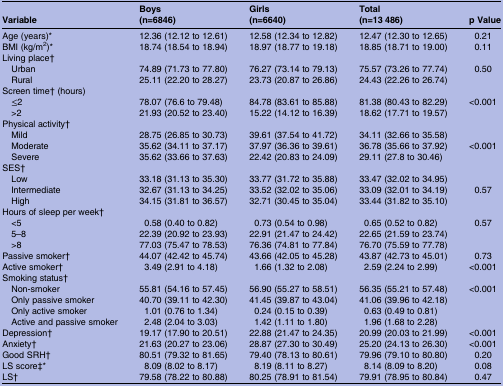
<table><thead><tr><td><b>Variable</b></td><td><b>Boys(n=6846)</b></td><td><b>Girls(n=6640)</b></td><td><b>Total(n=13 486)</b></td><td><b>p Value</b></td></tr></thead><tbody><tr><td>Age (years)*</td><td>12.36 (12.12 to 12.61)</td><td>12.58 (12.34 to 12.82)</td><td>12.47 (12.30 to 12.65)</td><td>0.21</td></tr><tr><td>BMI (kg/m<sup>2</sup>)*</td><td>18.74 (18.54 to 18.94)</td><td>18.97 (18.77 to 19.18)</td><td>18.85 (18.71 to 19.00)</td><td>0.11</td></tr><tr><td colspan="5">Living place†</td></tr><tr><td> Urban</td><td>74.89 (71.73 to 77.80)</td><td>76.27 (73.14 to 79.13)</td><td>75.57 (73.26 to 77.74)</td><td rowspan="2">0.50</td></tr><tr><td> Rural</td><td>25.11 (22.20 to 28.27)</td><td>23.73 (20.87 to 26.86)</td><td>24.43 (22.26 to 26.74)</td></tr><tr><td colspan="5">Screen time† (hours)</td></tr><tr><td> ≤2</td><td>78.07 (76.6 to 79.48)</td><td>84.78 (83.61 to 85.88)</td><td>81.38 (80.43 to 82.29)</td><td rowspan="2">&lt;0.001</td></tr><tr><td> &gt;2</td><td>21.93 (20.52 to 23.40)</td><td>15.22 (14.12 to 16.39)</td><td>18.62 (17.71 to 19.57)</td></tr><tr><td colspan="5">Physical activity†</td></tr><tr><td> Mild</td><td>28.75 (26.85 to 30.73)</td><td>39.61 (37.54 to 41.72)</td><td>34.11 (32.66 to 35.58)</td><td></td></tr><tr><td> Moderate</td><td>35.62 (34.11 to 37.17)</td><td>37.97 (36.36 to 39.61)</td><td>36.78 (35.66 to 37.92)</td><td>&lt;0.001</td></tr><tr><td> Severe</td><td>35.62 (33.66 to 37.63)</td><td>22.42 (20.83 to 24.09)</td><td>29.11 (27.8 to 30.46)</td><td></td></tr><tr><td colspan="5">SES†</td></tr><tr><td> Low</td><td>33.18 (31.13 to 35.30)</td><td>33.77 (31.72 to 35.88)</td><td>33.47 (32.02 to 34.95)</td><td></td></tr><tr><td> Intermediate</td><td>32.67 (31.13 to 34.25)</td><td>33.52 (32.02 to 35.06)</td><td>33.09 (32.01 to 34.19)</td><td>0.57</td></tr><tr><td> High</td><td>34.15 (31.81 to 36.57)</td><td>32.71 (30.45 to 35.04)</td><td>33.44 (31.82 to 35.10)</td><td></td></tr><tr><td colspan="5">Hours of sleep per week†</td></tr><tr><td> &lt;5</td><td>0.58 (0.40 to 0.82)</td><td>0.73 (0.54 to 0.98)</td><td>0.65 (0.52 to 0.82)</td><td rowspan="3">0.57</td></tr><tr><td> 5–8</td><td>22.39 (20.92 to 23.93)</td><td>22.91 (21.47 to 24.42)</td><td>22.65 (21.59 to 23.74)</td></tr><tr><td> &gt;8</td><td>77.03 (75.47 to 78.53)</td><td>76.36 (74.81 to 77.84)</td><td>76.70 (75.59 to 77.78)</td></tr><tr><td>Passive smoker†</td><td>44.07 (42.42 to 45.74)</td><td>43.66 (42.05 to 45.28)</td><td>43.87 (42.73 to 45.01)</td><td>0.73</td></tr><tr><td>Active smoker†</td><td>3.49 (2.91 to 4.18)</td><td>1.66 (1.32 to 2.08)</td><td>2.59 (2.24 to 2.99)</td><td>&lt;0.001</td></tr><tr><td colspan="5">Smoking status†</td></tr><tr><td> Non-smoker</td><td>55.81 (54.16 to 57.45)</td><td>56.90 (55.27 to 58.51)</td><td>56.35 (55.21 to 57.48)</td><td rowspan="4">&lt;0.001</td></tr><tr><td> Only passive smoker</td><td>40.70 (39.11 to 42.30)</td><td>41.45 (39.87 to 43.04)</td><td>41.06 (39.96 to 42.18)</td></tr><tr><td> Only active smoker</td><td>1.01 (0.76 to 1.34)</td><td>0.24 (0.15 to 0.39)</td><td>0.63 (0.49 to 0.81)</td></tr><tr><td> Active and passive smoker</td><td>2.48 (2.04 to 3.03)</td><td>1.42 (1.11 to 1.80)</td><td>1.96 (1.68 to 2.28)</td></tr><tr><td>Depression†</td><td>19.17 (17.90 to 20.51)</td><td>22.88 (21.47 to 24.35)</td><td>20.99 (20.03 to 21.99)</td><td>&lt;0.001</td></tr><tr><td>Anxiety†</td><td>21.63 (20.27 to 23.06)</td><td>28.87 (27.30 to 30.49)</td><td>25.20 (24.13 to 26.30)</td><td>&lt;0.001</td></tr><tr><td>Good SRH†</td><td>80.51 (79.32 to 81.65)</td><td>79.40 (78.13 to 80.61)</td><td>79.96 (79.10 to 80.80)</td><td>0.20</td></tr><tr><td>LS score‡*</td><td>8.09 (8.02 to 8.17)</td><td>8.19 (8.11 to 8.27)</td><td>8.14 (8.09 to 8.20)</td><td>0.08</td></tr><tr><td>LS†</td><td>79.58 (78.22 to 80.88)</td><td>80.25 (78.91 to 81.54)</td><td>79.91 (78.95 to 80.84)</td><td>0.47</td></tr></tbody></table>